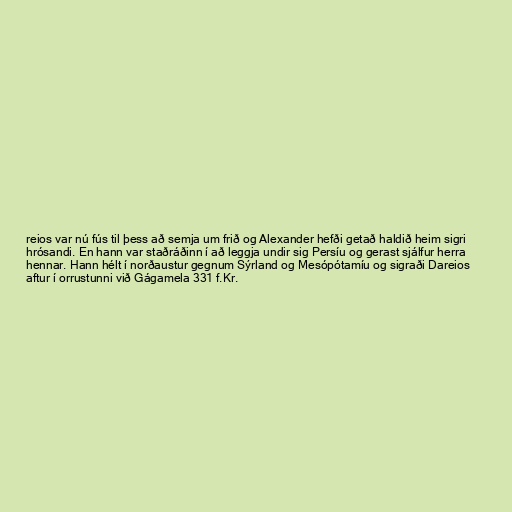
reios var nú fús til þess að semja um frið og Alexander hefði getað haldið heim sigri
hrósandi. En hann var staðráðinn í að leggja undir sig Persíu og gerast sjálfur herra
hennar. Hann hélt í norðaustur gegnum Sýrland og Mesópótamíu og sigraði Dareios
aftur í orrustunni við Gágamela 331 f.Kr.